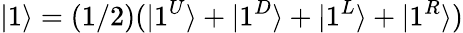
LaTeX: |1\rangle=(1/2)(|1^{U}\rangle+|1^{D}\rangle+|1^{L}\rangle+|1^{R}\rangle)